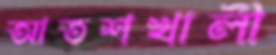
আতশখালী